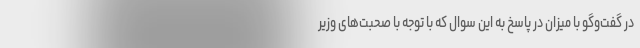
در گفت‌وگو با میزان در پاسخ به این سوال که با توجه با صحبت‌های وزیر